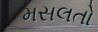
મસલતો